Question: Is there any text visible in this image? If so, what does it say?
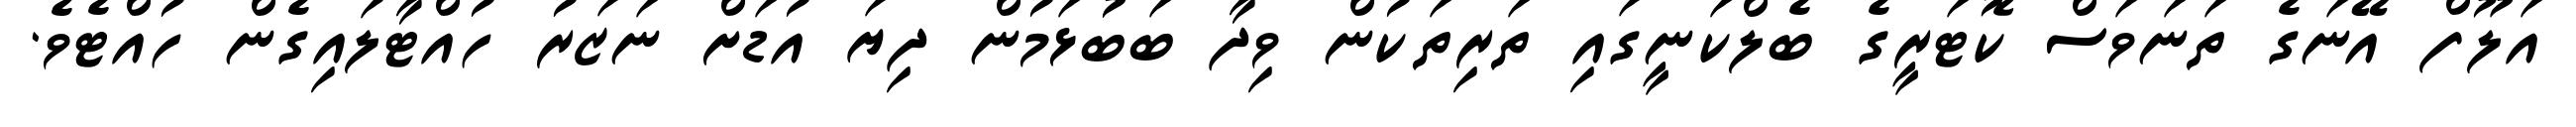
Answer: އަލޫފް އޭނަގެ ތަނަވަސް ކޮޓަރީގެ ބެލްކަނީގައި ތަރިތަކުން ވިދާ ބަބުޅަމުން ދިޔަ އުޑަށް ނަޒަރު ހުއްޓާލައިގެން ހުއްޓެވެ.